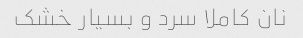
نان کاملا سرد و بسیار خشک